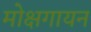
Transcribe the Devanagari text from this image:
मोक्षगायन